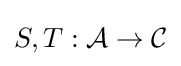
S,T:{\mathcal {A}}\to {\mathcal {C}}